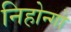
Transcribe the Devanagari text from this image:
निहोन्गो